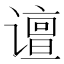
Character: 𰶉